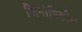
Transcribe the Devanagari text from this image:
जिनोमिकीय